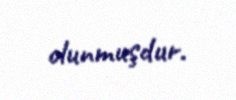
olunmuşdur.